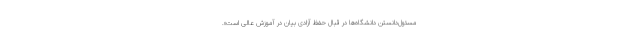
مسئول‌دانستن دانشگاه‌ها در قبال حفظ آزادی بیان در آموزش عالی است».